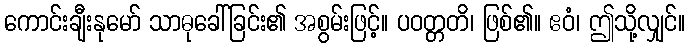
ကောင်းချီးနုမော် သာဓုခေါ်ခြင်း၏ အစွမ်းဖြင့်။ ပဝတ္တတိ၊ ဖြစ်၏။ ဧဝံ၊ ဤသို့လျှင်။